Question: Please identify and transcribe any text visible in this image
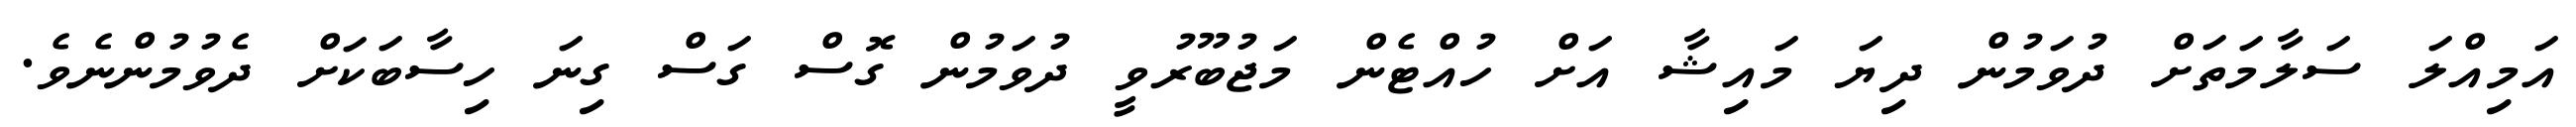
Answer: އަމިއްލަ ސަލާމަތަށް ދުވަމުން ދިޔަ މައިޝާ އަށް ހުއްޓެން މަޖުބޫރުވީ ދުވަމުން ގޮސް ގަސް ގިނަ ހިސާބަކަށް ދެވުމުންނެވެ.